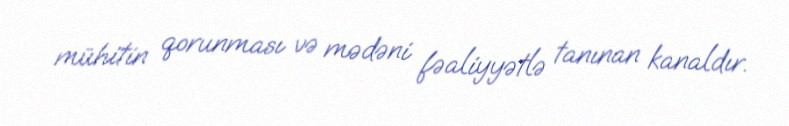
mühitin qorunması və mədəni fəaliyyətlə tanınan kanaldır.